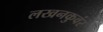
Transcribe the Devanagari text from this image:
लखनकुवंर